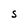
Character: S